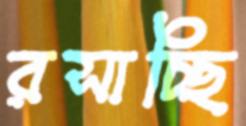
রসাচ্ছি